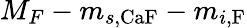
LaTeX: M_{F}-m_{s,\textrm{CaF}}-m_{i,\textrm{F}}